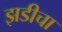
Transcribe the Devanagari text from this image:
झडीचा